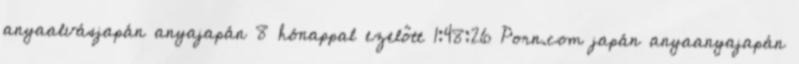
anyaalvásjapán anyajapán 8 hónappal ezelőtt 1:48:26 Porn.com japán anyaanyajapán